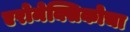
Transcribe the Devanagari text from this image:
एरोमेक्सिकोचा